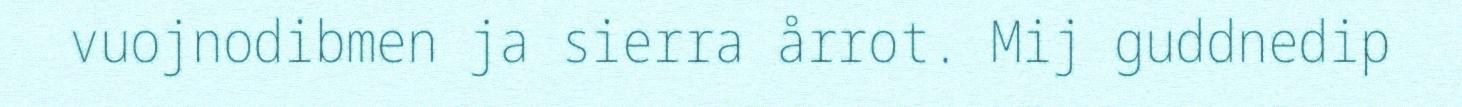
vuojnodibmen ja sierra årrot. Mij guddnedip